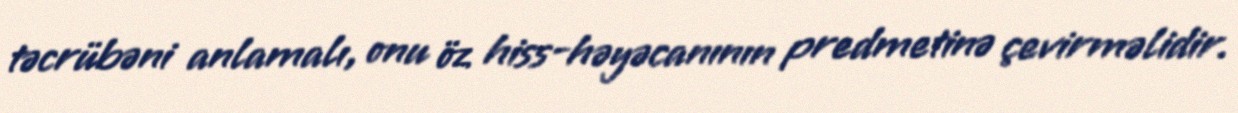
təcrübəni anlamalı, onu öz hiss-həyəcanının predmetinə çevirməlidir.